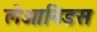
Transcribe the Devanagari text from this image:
लेओनिडस